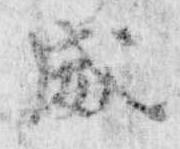
威